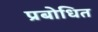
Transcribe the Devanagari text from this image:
प्रबोधित